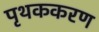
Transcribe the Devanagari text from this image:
पृथककरण